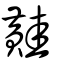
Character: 黊